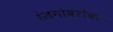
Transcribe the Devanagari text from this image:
रंजनाबरोबर